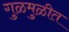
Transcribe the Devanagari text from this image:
गुळमुळीत